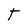
Character: T